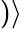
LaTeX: )\rangle